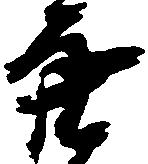
亮